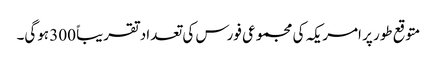
متوقع طور پر امریکہ کی مجموعی فورس کی تعداد تقریباً 300 ہوگی۔